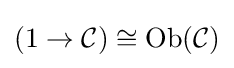
(1\to {\mathcal {C}})\cong \operatorname {Ob} ({\mathcal {C}})